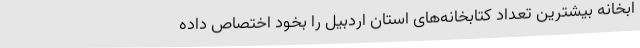
ابخانه بیشترین تعداد کتابخانه‌های استان اردبیل را بخود اختصاص داده